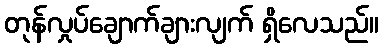
တုန်လှုပ်ချောက်ချားလျက် ရှိလေသည်။